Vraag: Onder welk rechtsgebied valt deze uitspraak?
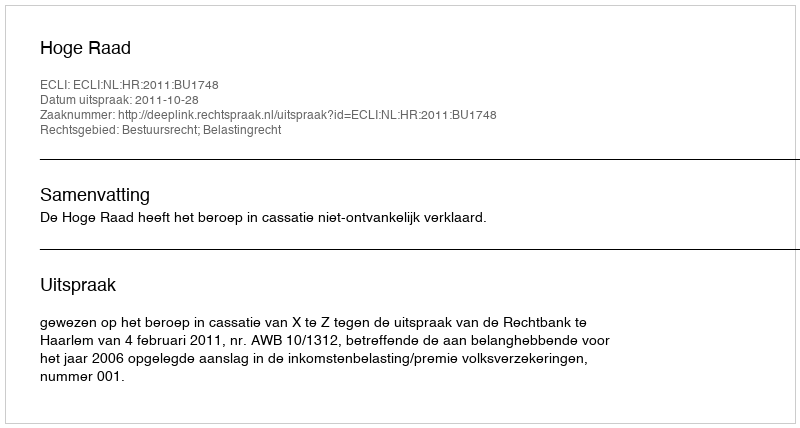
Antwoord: Bestuursrecht; Belastingrecht